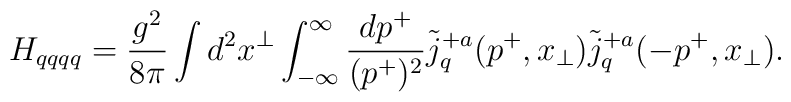
H_{qqqq} =  {g^2 \over 8 \pi} \int d^2 x^\perp \int_{- \infty}^{\infty}	{dp^+ \over (p^+)^2} {\tilde j^{+a}}_q(p^+,x_\perp)		{\tilde j^{+a}}_q(-p^+,x_\perp).